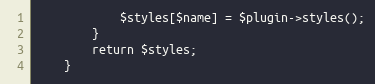
Language: PHP
            $styles[$name] = $plugin->styles();
        }
        return $styles;
    }